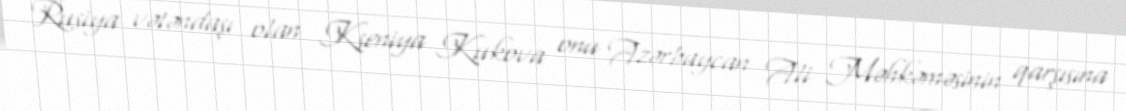
Rusiya vətəndaşı olan Kseniya Kukova onu Azərbaycan Ali Məhkəməsinin qarşısına